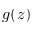
g ( z )